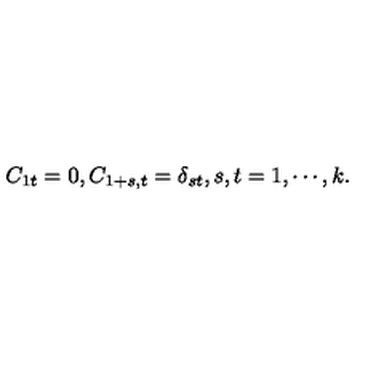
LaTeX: C _ { 1 t } = 0 , C _ { 1 + s , t } = \delta _ { s t } , s , t = 1 , \cdots , k .